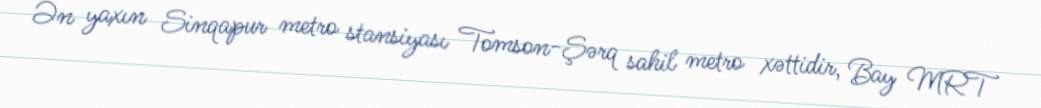
Ən yaxın Sinqapur metro stansiyası Tomson-Şərq sahil metro xəttidir, Bay MRT